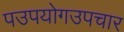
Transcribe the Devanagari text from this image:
पउपयोगउपचार